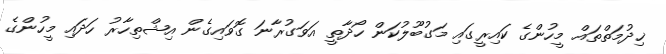
ޚިދުމަތްތައް މީހުންގެ ކައިރީގައި މަގުބޫލުކަން ހޯދާތީ އަވަގުރާނަ ގޮވައިގެން އިޝްތިހާރު ހަދައި މީހުންގެ